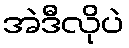
အဲဒီလိုပဲ